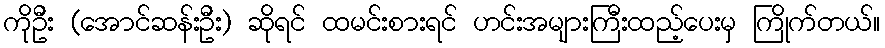
ကိုဦး (အောင်ဆန်းဦး) ဆိုရင် ထမင်းစားရင် ဟင်းအများကြီးထည့်ပေးမှ ကြိုက်တယ်။